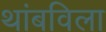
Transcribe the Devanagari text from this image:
थांबविला